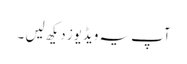
آپ یہ ویڈیوز دیکھ لیں ۔